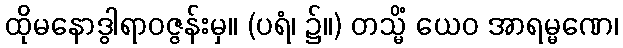
ထိုမနောဒွါရာဝဇ္ဇန်းမှ။ (ပရံ၊ ၌။) တသ္မိံ ယေဝ အာရမ္မဏေ၊